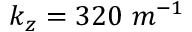
k _ { z } = 3 2 0 \ m ^ { - 1 }